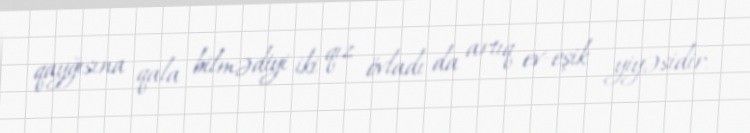
qayğısına qala bilmədiyi iki qız övladı da artıq ev-eşik yiyəsidir.